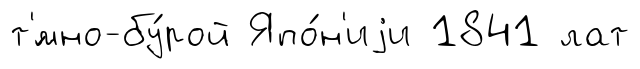
т'́мно-бу́рой Япо́н'иjи 1841 лат